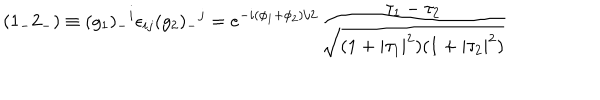
( { 1 _ { - } 2 _ { - } } ) \equiv ( g _ { 1 } ) _ { - } { } ^ { i } \epsilon _ { i j } ( g _ { 2 } ) _ { - } { } ^ { j } = e ^ { - i { ( \phi _ { 1 } + \phi _ { 2 } ) / 2 } } \frac { \tau _ { 1 } - \tau _ { 2 } } { \sqrt { ( 1 + | \tau _ { 1 } | ^ { 2 } ) ( 1 + | \tau _ { 2 } | ^ { 2 } ) } }